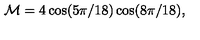
{ \cal M } = 4 \cos ( 5 \pi / 1 8 ) \cos ( 8 \pi / 1 8 ) ,